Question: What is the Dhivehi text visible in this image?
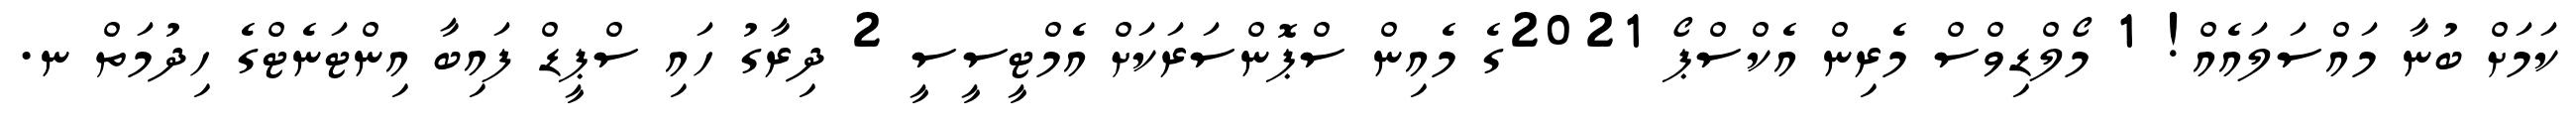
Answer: ކަމަށް ބުނާ މައްސަލައެއް! 1 މޯލްޑިވްސް މެރިން އެކްސްޕޯ 2021ގެ މެއިން ސްޕޮންސަރަކަށް އެމްޓީސީސީ 2 ދިރާގު ހައި ސްޕީޑް ފައިބާ އިންޓަނެޓްގެ ހިދުމަތް ނ.